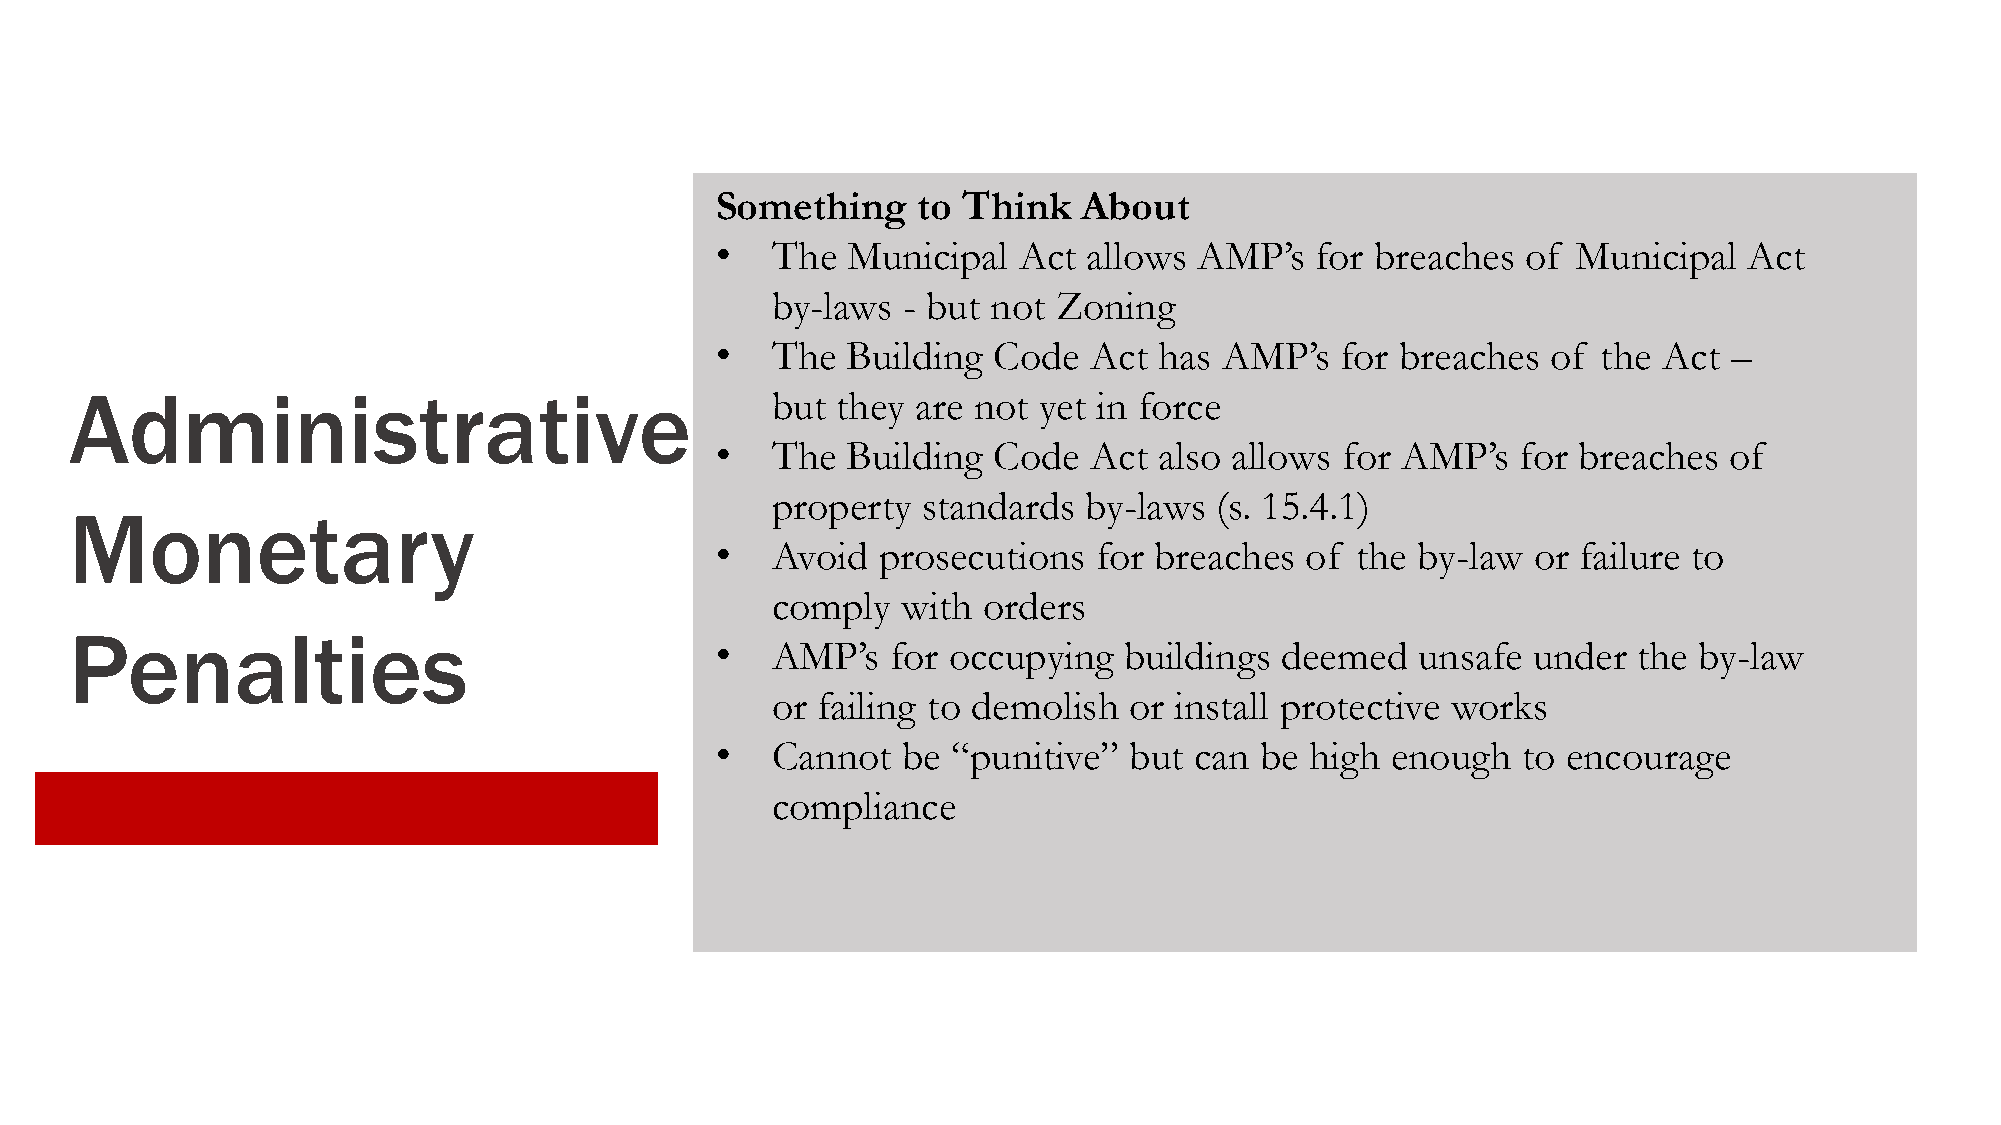
Something     to Think   About
 •   The  Municipal  Act  allows AMP’s   for breaches  of Municipal   Act
 by-laws  - but not Zoning
 •   The  Building  Code  Act  has AMP’s   for breaches  of the Act  –
 Administrative                                but they  are not yet in force
 •   The  Building  Code  Act  also allows for AMP’s   for breaches of
 property  standards  by-laws (s. 15.4.1)
 Monetary
 •   Avoid  prosecutions   for breaches of  the by-law or failure to
 comply   with orders
 Penalties
 •   AMP’s   for occupying  buildings  deemed   unsafe under  the by-law
 or failing to demolish  or install protective works
 •   Cannot   be “punitive”  but can be  high enough   to encourage
 compliance